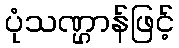
ပုံသဏ္ဌာန်ဖြင့်